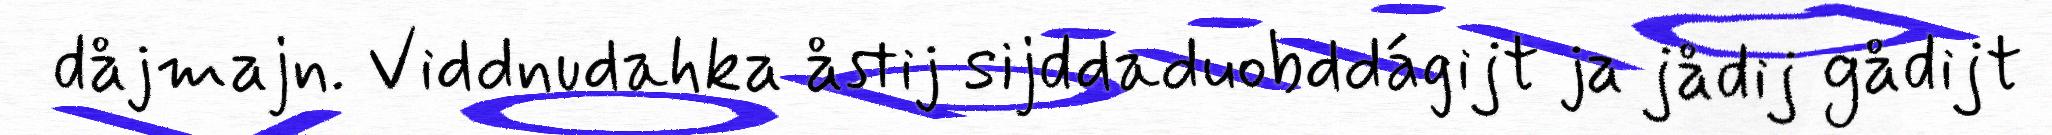
dåjmajn. Viddnudahka åstij sijddaduobddágijt ja jådij gådijt